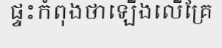
ផ្ទះកំពុងថាឡើងលើគ្រែ